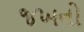
જખનો